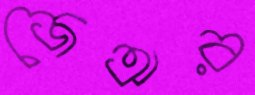
জেঅর